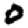
Digit: 0